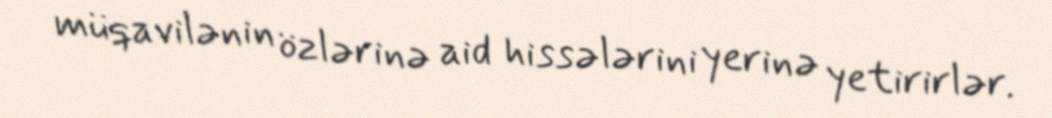
müqavilənin özlərinə aid hissələrini yerinə yetirirlər.